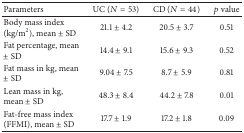
<table><thead><tr><td><b>Parameters</b></td><td><b>UC (<i>N</i> = 53)</b></td><td><b>CD (<i>N</i> = 44)</b></td><td><b><i>p</i> value</b></td></tr></thead><tbody><tr><td>Body mass index (kg/m<sup>2</sup>), mean ± SD</td><td>21.1 ± 4.2</td><td>20.5 ± 3.7</td><td>0.51</td></tr><tr><td>Fat percentage, mean ± SD</td><td>14.4 ± 9.1</td><td>15.6 ± 9.3</td><td>0.52</td></tr><tr><td>Fat mass in kg, mean ± SD</td><td>9.04 ± 7.5</td><td>8.7 ± 5.9</td><td>0.81</td></tr><tr><td>Lean mass in kg, mean ± SD</td><td>48.3 ± 8.4</td><td>44.2 ± 7.8</td><td>0.01</td></tr><tr><td>Fat-free mass index (FFMI), mean ± SD</td><td>17.7 ± 1.9</td><td>17.2 ± 1.8</td><td>0.09</td></tr></tbody></table>